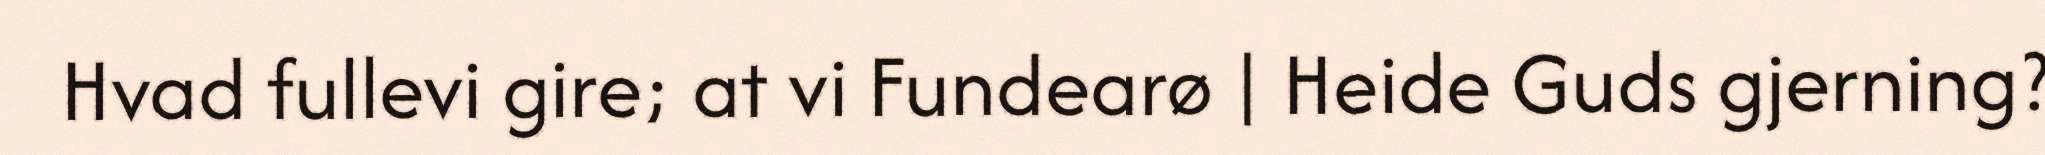
Hvad fullevi gire; at vi Fundearø | Heide Guds gjerning?